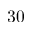
3 0